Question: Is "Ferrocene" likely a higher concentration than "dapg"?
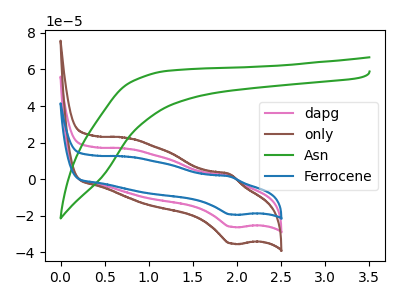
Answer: <think>The pink curve "dapg" has an anodic peak at (1.90V, 2.15uA) and a cathodic peak at (1.95V, -26.00uA). The brown curve "only" has an anodic peak at (1.90V, 4.35uA) and a cathodic peak at (1.95V, -52.00uA). The green curve "Asn" has no peaks. The blue curve "Ferrocene" has an anodic peak at (1.90V, 1.60uA) and a cathodic peak at (1.95V, -19.25uA).
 All the peaks in "Ferrocene" have a peak in "dapg" at the same potential. Every peak in "Ferrocene" is lower than every peak in "dapg".</think>
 <answer>"Ferrocene" has less signal than "dapg".</answer>
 <eval>less_signal</eval>